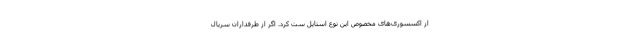
از اکسسوری‌های مخصوص این نوع استایل ست کرد. اگر از طرفداران سریال